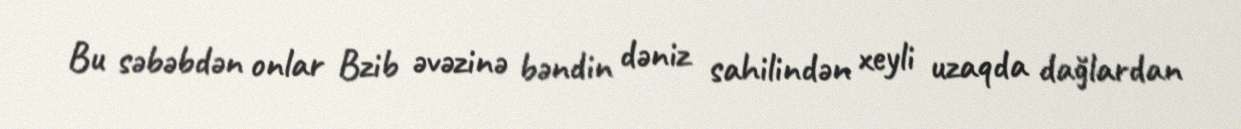
Bu səbəbdən onlar Bzib əvəzinə bəndin dəniz sahilindən xeyli uzaqda dağlardan